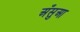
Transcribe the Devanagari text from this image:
अँसुआ